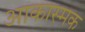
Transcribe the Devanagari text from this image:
आकास्मक